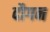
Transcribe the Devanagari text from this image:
दौगन